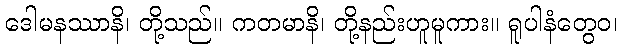
ဒေါမနဿာနိ၊ တို့သည်။ ကတမာနိ၊ တို့နည်းဟူမူကား။ ရူပါနံတွေဝ၊